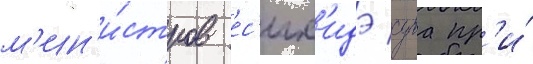
м'ин'и́стров ес'их'идэ суга пр'и́